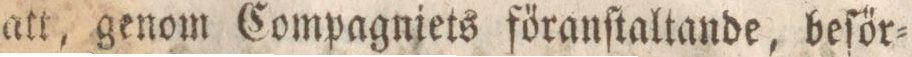
att, genom Compagniets főranſtaltande, beſőr=